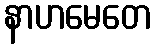
နာဟမေတေ